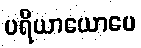
ပရိယာယောပေ